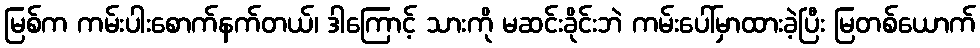
မြစ်က ကမ်းပါးစောက်နက်တယ်၊ ဒါကြောင့် သားကို မဆင်းခိုင်းဘဲ ကမ်းပေါ်မှာထားခဲ့ပြီး မြတစ်ယောက်